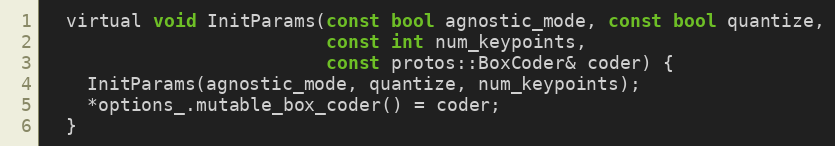
Language: C
  virtual void InitParams(const bool agnostic_mode, const bool quantize,
                          const int num_keypoints,
                          const protos::BoxCoder& coder) {
    InitParams(agnostic_mode, quantize, num_keypoints);
    *options_.mutable_box_coder() = coder;
  }